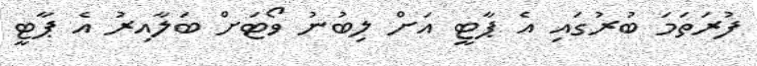
ފުރަތަމަ ބުރުގައި އެ ޕާޓީ އަށް ލިބުނު ވޯޓަށް ބަލާއިރު އެ ޕާޓީ